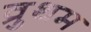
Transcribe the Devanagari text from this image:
व्रुथम